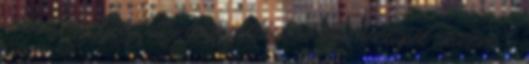
versenyre Elfelejtett jelszó pótlása A régi honlapot akarom :-